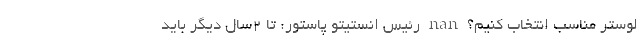
لوستر مناسب انتخاب کنیم؟ nan رئیس انستیتو پاستور: تا ۲سال دیگر باید